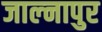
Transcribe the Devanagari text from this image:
जाल्नापुर